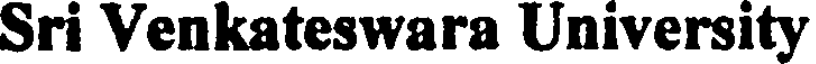
Sri Venkateswara University